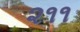
૨૧૧